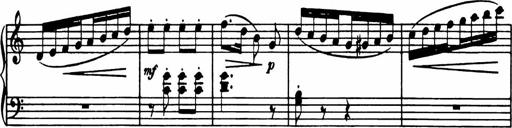
Title: Analytical Sonatinas
Composer: Frank Lynes